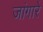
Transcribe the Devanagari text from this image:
जांगारे